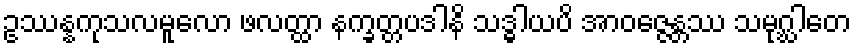
ဥဿန္နကုသလမူလော ဖလတ္ထာ နက္ခတ္တပဒါနိ သဒ္ဓါယပိ အာဝဇ္ဇေန္တဿ သမုဂ္ဃါတေ